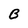
Character: B